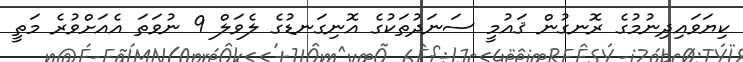
ކިޔަވައިދިނުމުގެ ރޮނގުން ޤައުމީ ސަނަދުތަކުގެ އޮނިގަނޑުގެ ލެވަލް 9 ނުވަތަ އެއަށްވުރެ މަތީ